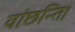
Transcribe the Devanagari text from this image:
वांछन्ति।